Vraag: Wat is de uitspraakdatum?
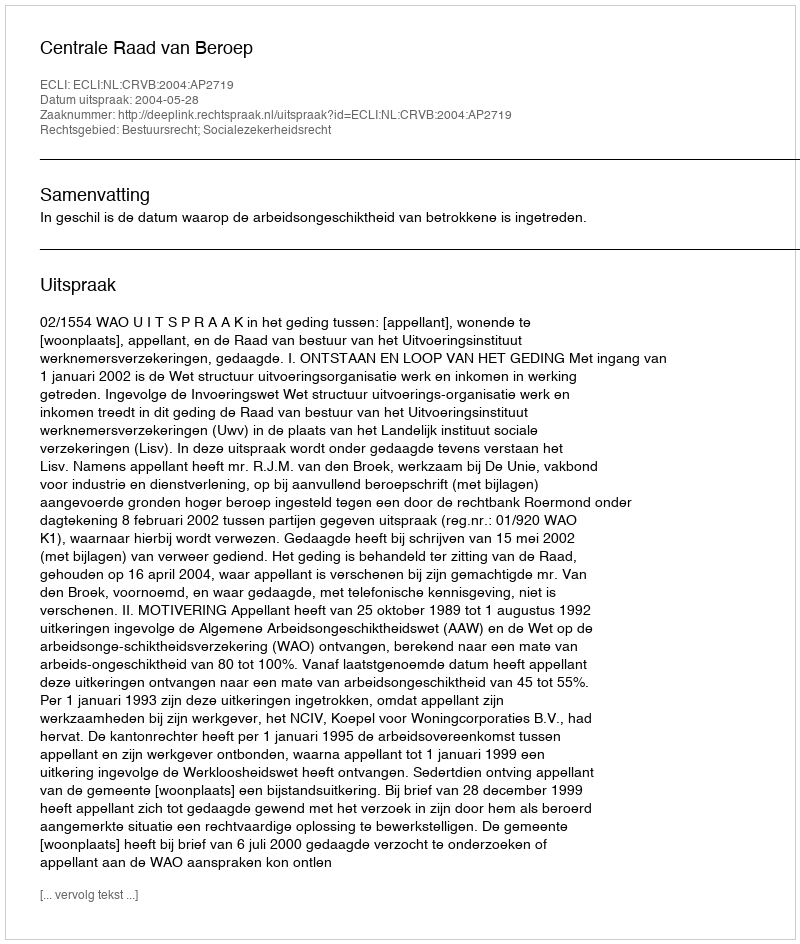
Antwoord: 2004-05-28